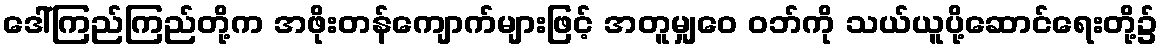
ဒေါ်ကြည်ကြည်တို့က အဖိုးတန်ကျောက်များဖြင့် အတူမျှဝေ ဝဘ်ကို သယ်ယူပို့ဆောင်ရေးတို့၌